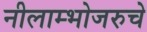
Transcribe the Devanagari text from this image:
नीलाम्भोजरुचे